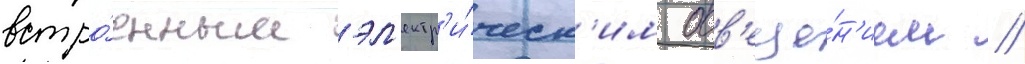
встро́енным эл'ектр'и́ческ'им осв'еще́н'ием //